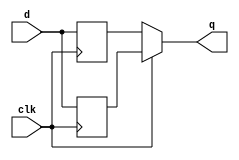
// This program was cloned from: https://github.com/Yvan-xy/verilog-doc
// License: GNU General Public License v2.0

module top_module (
    input clk,
    input d,
    output q
);
    reg [1:0] status;
    always @(posedge clk) begin
        status[0] = d;
    end
    always @(negedge clk) begin
        status[1] = d;
    end
    assign q = clk ? status[0] : status[1];
endmodule